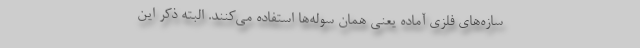
سازه‌های فلزی آماده یعنی همان سوله‌ها استفاده می‌کنند. البته ذکر این